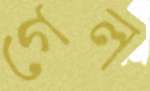
গেল